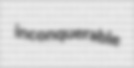
inconquerable